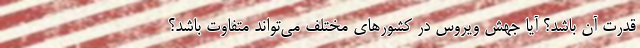
قدرت آن باشد؟ آیا جهش ویروس در کشورهای مختلف می‌تواند متفاوت باشد؟